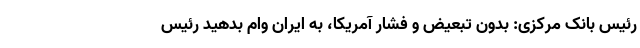
رئیس بانک مرکزی: بدون تبعیض و فشار آمریکا، به ایران وام بدهید رئیس